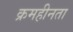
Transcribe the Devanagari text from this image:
क्रमहीनता